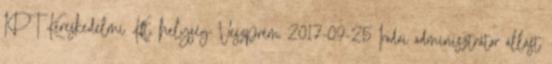
IPT Kereskedelmi Kft. helység: Veszprém 2017-09-25 Irodai adminisztrátor állást